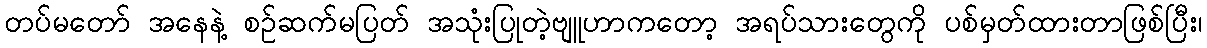
တပ်မတော် အနေနဲ့ စဉ်ဆက်မပြတ် အသုံးပြုတဲ့ဗျူဟာကတော့ အရပ်သားတွေကို ပစ်မှတ်ထားတာဖြစ်ပြီး၊